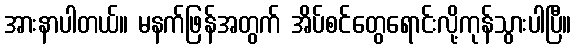
အားနာပါတယ်။ မနက်ဖြန်အတွက် အိပ်စင်တွေရောင်းလို့ကုန်သွားပါပြီ။